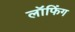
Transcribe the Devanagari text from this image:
लॉफिंग